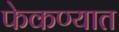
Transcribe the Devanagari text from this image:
फेकण्यात